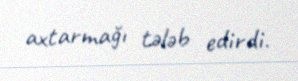
axtarmağı tələb edirdi.